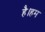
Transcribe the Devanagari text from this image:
है।हम